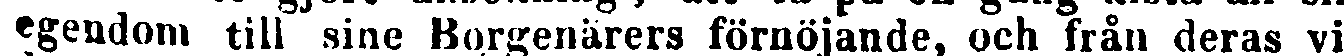
egendom till sine Borgenärers förnöjande, och från deras vi-